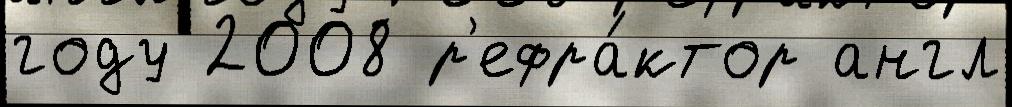
году 2008 р'ефра́ктор англ